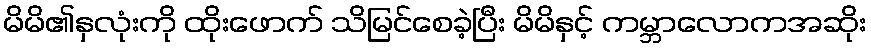
မိမိ၏နှလုံးကို ထိုးဖောက် သိမြင်စေခဲ့ပြီး မိမိနှင့် ကမ္ဘာလောကအဆိုး